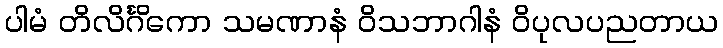
ပါမံ တိလိင်္ဂိကော သမဏာနံ ဝိသဘာဂါနံ ဝိပုလပညတာယ